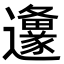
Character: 𮟦